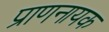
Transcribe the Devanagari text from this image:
प्राणनायक